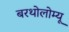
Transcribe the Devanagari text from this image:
बरथोलोम्यू